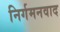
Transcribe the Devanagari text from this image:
निर्गमनवाद